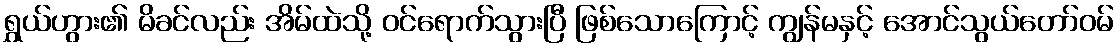
ရွှယ်ဟွား၏ မိခင်လည်း အိမ်ထဲသို့ ဝင်ရောက်သွားပြီ ဖြစ်သောကြောင့် ကျွန်မနှင့် အောင်သွယ်တော်ဝမ်